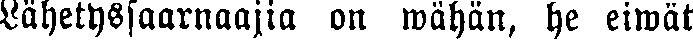
Lähetyssaarnaajia on wähän, he eiwät